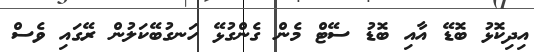
އިދިކޮޅު ބޮޑޭ އާއި ބޮޑު ސޭޓް މެން ގެންގުޅޭ ހަނގުބޭކަލުން ރޭގައި ވެސް